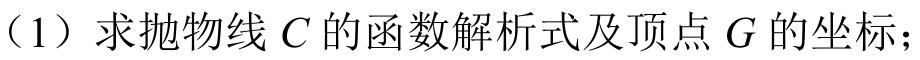
（1）求抛物线$C$的函数解析式及顶点$G$的坐标；